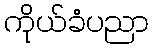
ကိုယ်ခံပညာ